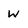
Character: W